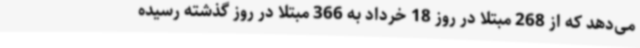
می‌دهد که از 268 مبتلا در روز 18 خرداد به 366 مبتلا در روز گذشته رسیده